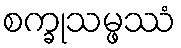
စက္ခုသမ္ဖဿံ